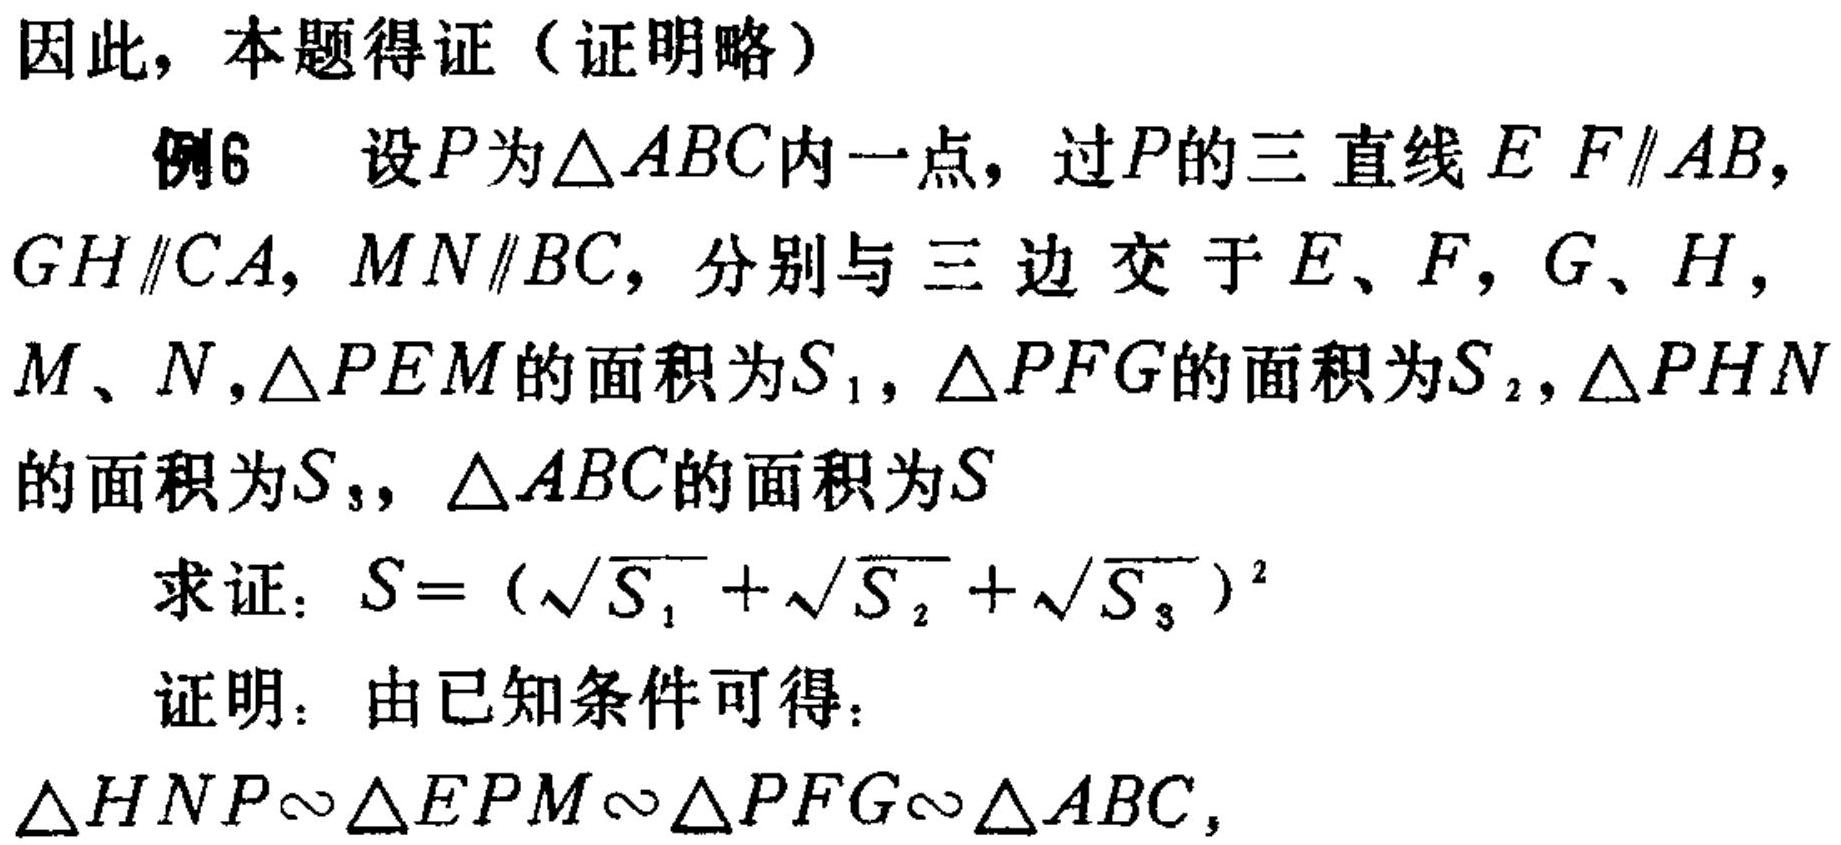
因此，本题得证（证明略）

例6 设\(P\)为\(\triangle ABC\)内一点，过\(P\)的三直线\(EF\parallel AB\)，\(GH\parallel CA\)，\(MN\parallel BC\)，分别与三边交于\(E\)、\(F\)，\(G\)、\(H\)，\(M\)、\(N\)，\(\triangle PEM\)的面积为\(S_{1}\)，\(\triangle PFG\)的面积为\(S_{2}\)，\(\triangle PHN\)的面积为\(S_{3}\)，\(\triangle ABC\)的面积为\(S\)

求证：\(S = (\sqrt{S_{1}}+\sqrt{S_{2}}+\sqrt{S_{3}})^2\)

证明：由已知条件可得：

\(\triangle HNP\sim\triangle EPM\sim\triangle PFG\sim\triangle ABC\)，